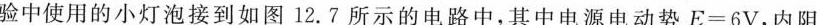
验中使用的小灯泡接到如图12.7所示的电路中，其中电源电动势$$E = 6V$$，内阻